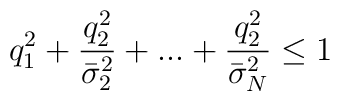
q_1^2+\frac{q_2^2}{\bar\sigma_2^2}+...+\frac{q_2^2}{\bar\sigma_N^2} \leq 1